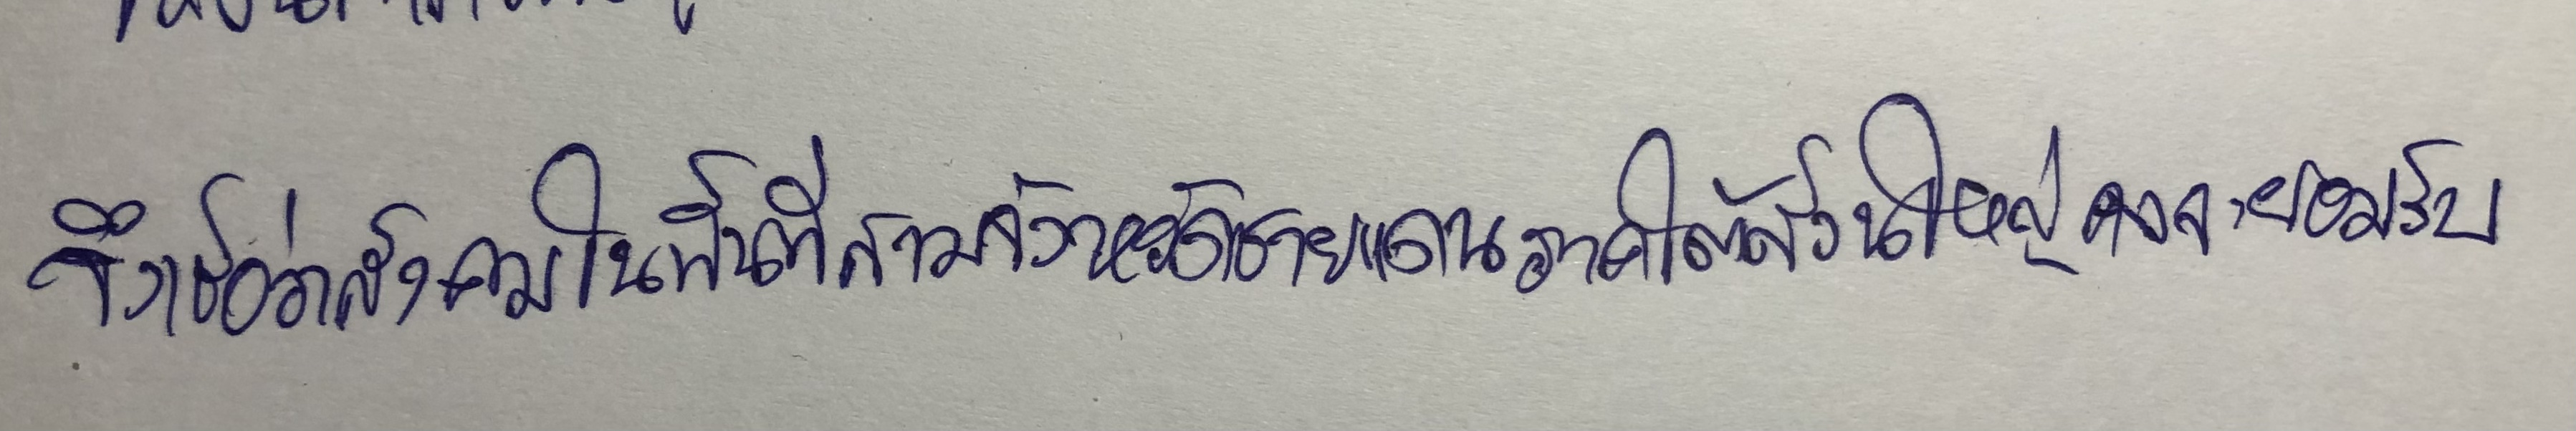
จึงเชื่อว่าสังคมในพื้นที่สามจังหวัดชายแดนภาคใต้ส่วนใหญ่คงจะยอมรับ